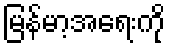
မြန်မာ့အရေးကို